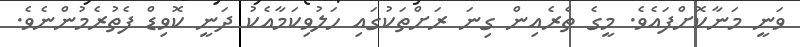
ވަނީ މަނާކޮށްފައެވެ. މީގެ ތެރެެއިން ގިނަ ރަށްތަކުގައި ހަލުވިކަމާއެކު ދަނީ ކޮވިޑް ފެތުރެމުންނެވެ.